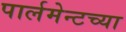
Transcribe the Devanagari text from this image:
पार्लमेन्टच्या